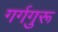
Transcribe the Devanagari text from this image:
गर्गगुरू